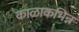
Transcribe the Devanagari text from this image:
काळाकभिन्न